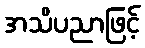
အသိပညာဖြင့်